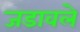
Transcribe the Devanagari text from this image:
जडावले